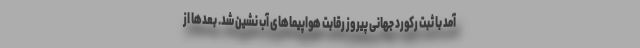
آمد با ثبت رکورد جهانی پیروز رقابت هواپیماهای آب نشین شد. بعدها از